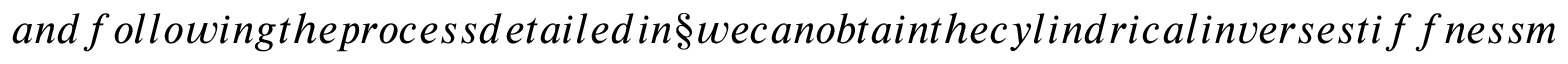
a n d f o l l o w i n g t h e p r o c e s s d e t a i l e d i n \S w e c a n o b t a i n t h e c y l i n d r i c a l i n v e r s e s t i f f n e s s m a t r i x o f a h e l i c a l l y c u b i c m a t e r i a l i n t e r m s o f